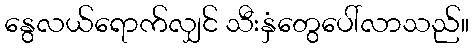
နွေလယ်ရောက်လျှင် သီးနှံတွေပေါ်လာသည်။